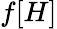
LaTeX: f[H]